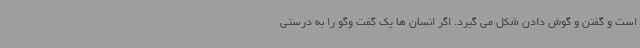
است و گفتن و گوش دادن شکل می گیرد. اگر انسان ها یک گفت وگو را به درستی